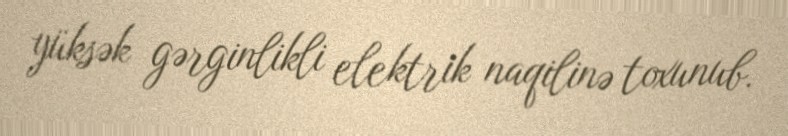
yüksək gərginlikli elektrik naqilinə toxunub.